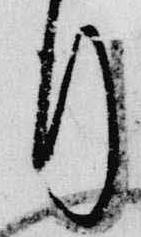
行